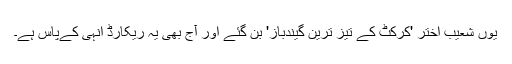
یوں شعیب اختر 'کرکٹ کے تیز ترین گیندباز' بن گئے اور آج بھی یہ ریکارڈ انہی کےپاس ہے۔